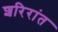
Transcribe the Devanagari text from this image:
शरिरांत